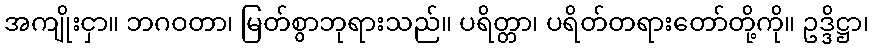
အကျိုးငှာ။ ဘဂဝတာ၊ မြတ်စွာဘုရားသည်။ ပရိတ္တာ၊ ပရိတ်တရားတော်တို့ကို။ ဥဒ္ဒိဋ္ဌာ၊